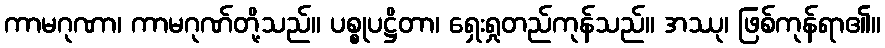
ကာမဂုဏာ၊ ကာမဂုဏ်တို့သည်။ ပစ္စုပဋ္ဌိတာ၊ ရှေးရှုတည်ကုန်သည်။ အဿု၊ ဖြစ်ကုန်ရာ၏။